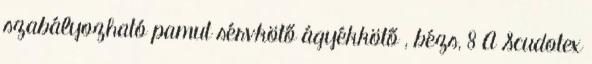
szabályozható pamut sérvkötő ágyékkötő , bézs, 8 A Scudotex